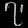
Digit: ၇